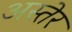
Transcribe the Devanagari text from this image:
अस्तेर